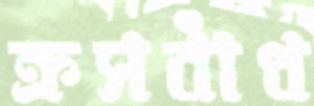
ক্রসবাঁধ